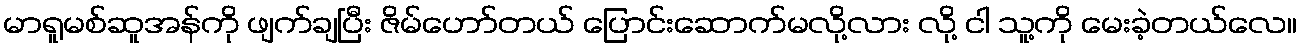
မာရူမစ်ဆူအန်ကို ဖျက်ချပြီး ဇိမ်ဟော်တယ် ပြောင်းဆောက်မလို့လား လို့ ငါ သူ့ကို မေးခဲ့တယ်လေ။